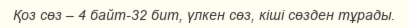
Қоз сөз – 4 байт-32 бит, үлкен сөз, кіші сөзден тұрады.